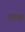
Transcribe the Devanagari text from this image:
परिषेक